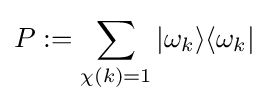
P:=\sum _{\chi (k)=1}|\omega _{k}\rangle \langle \omega _{k}|